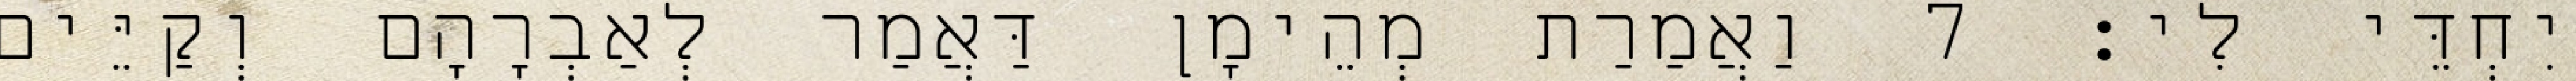
יִחְדֵּי לִי׃ 7 וַאֲמַרַת מְהֵימָן דַּאֲמַר לְאַבְרָהָם וְקַיֵּים